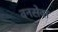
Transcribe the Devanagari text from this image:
वनसेवा